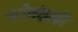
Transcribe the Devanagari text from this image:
श्रीलंकाकी